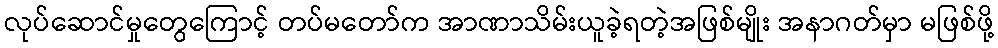
လုပ်ဆောင်မှုတွေကြောင့် တပ်မတော်က အာဏာသိမ်းယူခဲ့ရတဲ့အဖြစ်မျိုး အနာဂတ်မှာ မဖြစ်ဖို့